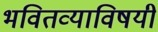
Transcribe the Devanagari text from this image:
भवितव्याविषयी